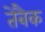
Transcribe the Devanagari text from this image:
तेबैक